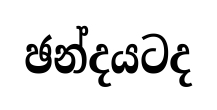
ඡන්දයටද